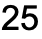
25